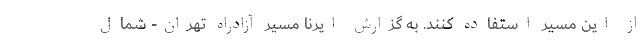
از این مسیر استفاده کنند. به گزارش ایرنا مسیر آزادراه تهران- شمال